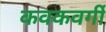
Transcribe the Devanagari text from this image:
कवकवर्गी